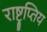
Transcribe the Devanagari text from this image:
राष्ट्रप्तिय